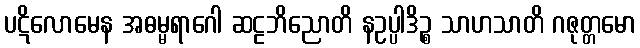
ပဋိလောမေန အဓမ္မရာဂေါ ဆဠဘိညောတိ နဥပ္ပါဒိဉ္စ သာဟသာတိ ဂဇုတ္တမော